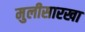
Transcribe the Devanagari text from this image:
मुलीसारखा